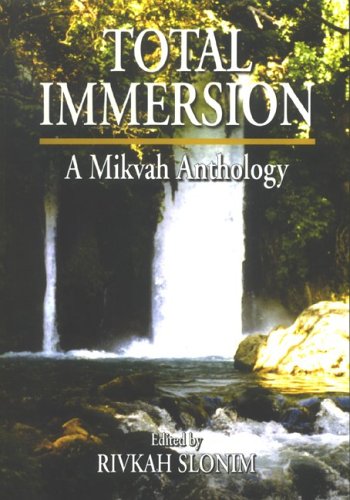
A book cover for Total Immersion: A Mikvah Anthology; Rivkah Slonim; Religion & Spirituality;